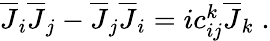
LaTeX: \begin{array}{r}{\overline{{J}}_{i}\overline{{J}}_{j}-\overline{{J}}_{j}\overline{{J}}_{i}=ic_{ij}^{k}\overline{{J}}_{k}\; .}\end{array}